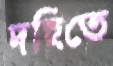
দহিতে